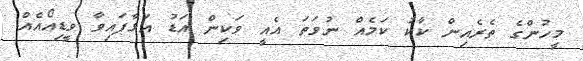
މީހުންގެ ތެރެއިން ކާކު ކަމެއް ނުވަތަ އެއީ ވަކިން އަޑު އަޅާފައިވާ ވީޑިއޯއެއް